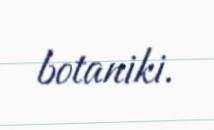
botaniki.